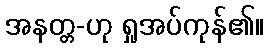
အနတ္တ-ဟု ရှုအပ်ကုန်၏။